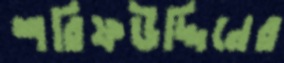
শরিফউদ্দিনের